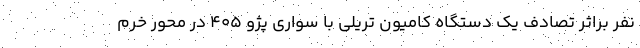
نفر براثر تصادف یک دستگاه کامیون تریلی با سواری پژو 405 در محور خرم